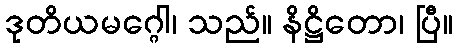
ဒုတိယမဂ္ဂေါ၊ သည်။ နိဋ္ဌိတော၊ ပြီ။